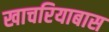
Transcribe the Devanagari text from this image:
खाचरियाबास